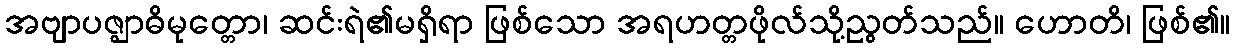
အဗျာပဇ္ဈာဓိမုတ္တော၊ ဆင်းရဲ၏မရှိရာ ဖြစ်သော အရဟတ္တဖိုလ်သို့ညွတ်သည်။ ဟောတိ၊ ဖြစ်၏။